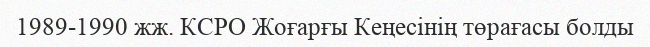
1989-1990 жж. КСРО Жоғарғы Кеңесінің төрағасы болды